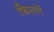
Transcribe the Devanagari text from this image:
फिसलें